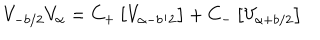
V _ { - b / 2 } V _ { \alpha } = C _ { + } \left[ V _ { \alpha - b / 2 } \right] + C _ { - } \left[ V _ { \alpha + b / 2 } \right]